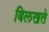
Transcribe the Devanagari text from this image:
बिलखते